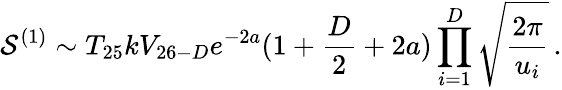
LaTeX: {\cal S}^{(1)}\sim T_{25}kV_{26-D}e^{-2a}(1+\frac{D}{2}+2a)\prod_{i=1}^{D}\sqrt{\frac{2\pi}{u_{i}}}\, .